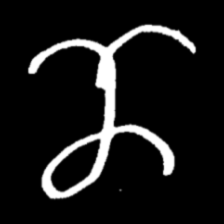
Pyu character \u2014 Myanmar letter: ဏ (romanized: nna)